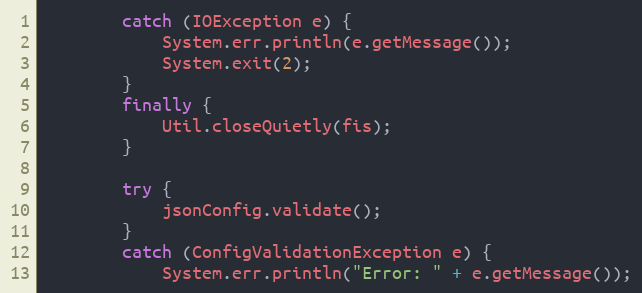
Language: Java
        catch (IOException e) {
            System.err.println(e.getMessage());
            System.exit(2);
        }
        finally {
            Util.closeQuietly(fis);
        }

        try {
            jsonConfig.validate();
        }
        catch (ConfigValidationException e) {
            System.err.println("Error: " + e.getMessage());